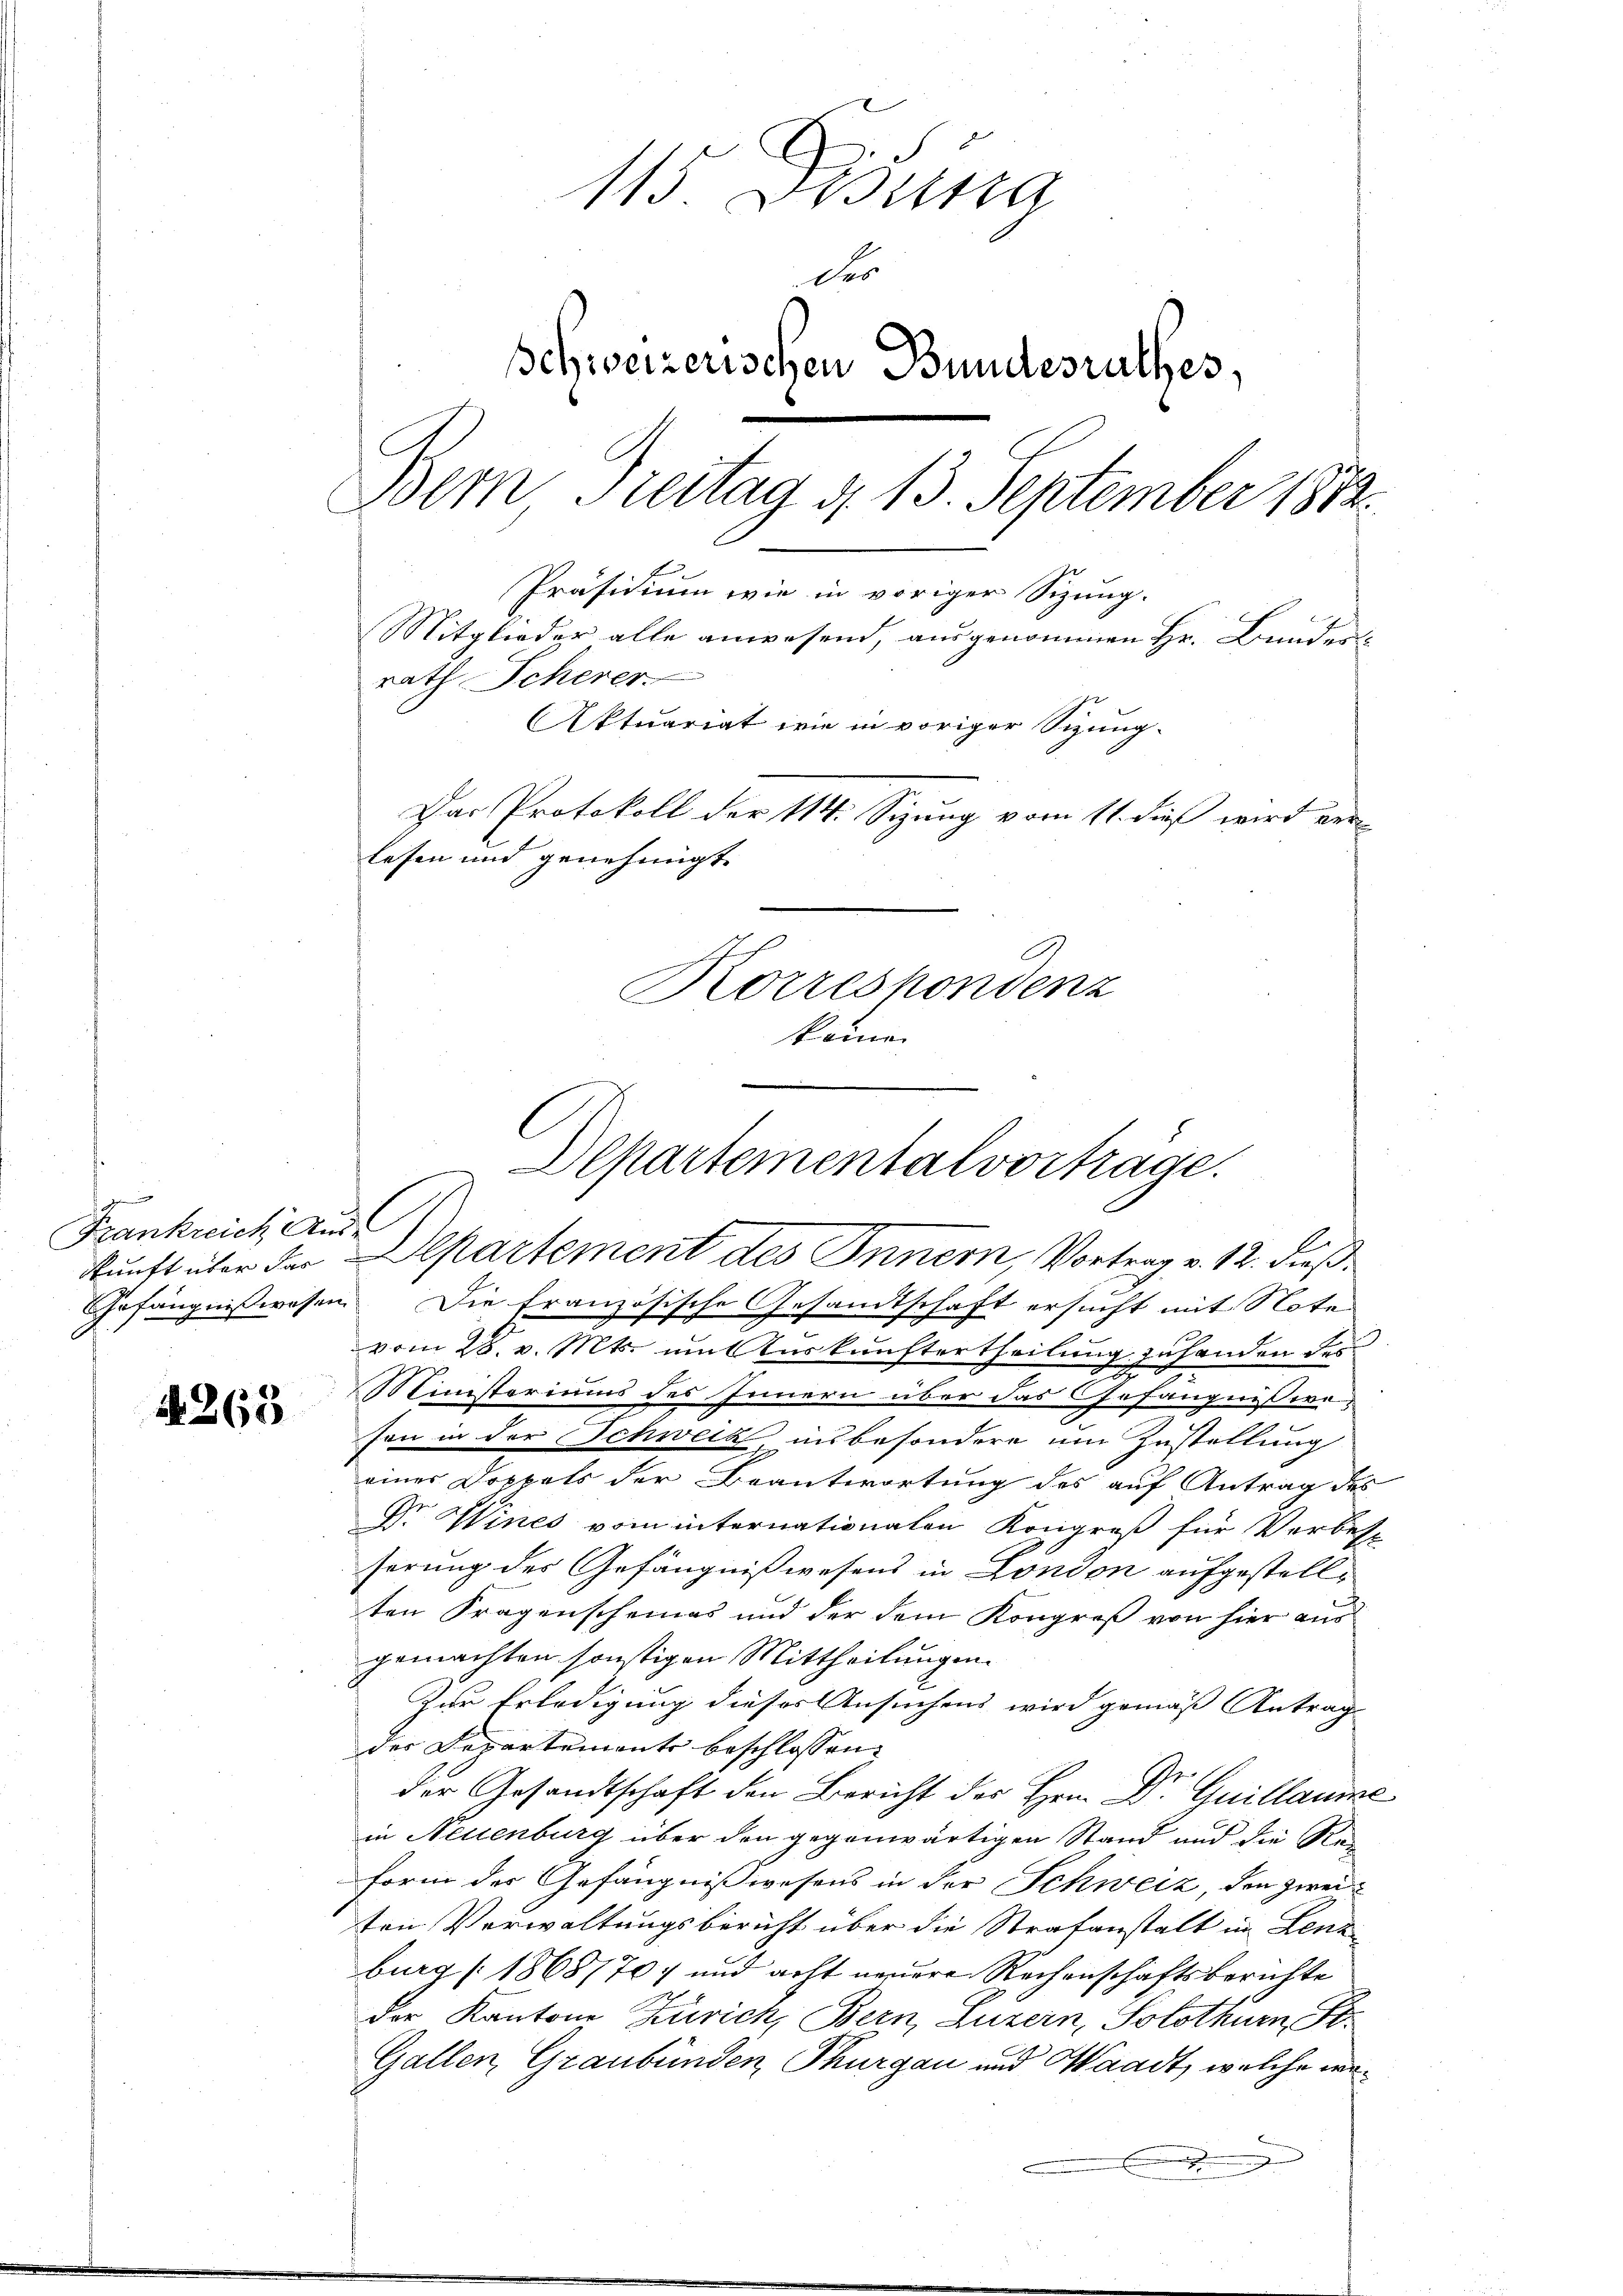
Frankreich Aus-

1265

115 Dosina
des
Schweizerischen Bundesrathes,
Bern Freitag d. 13. September 1882
Präsidium wie in voriger Sizung.
Mitglieder alle anwesend, ausgenommen Hr. Bunder
rath Scherer.
Aktuariat wie in voriger Sizung-
Das Protokoll der 114. Sizung vom 11. dieß wird verlesen und genehmigt.
Korrespondenz
keinen

Departementalvorträge.
kunft über der Departement des Innern, Vortrag v. 12. dieß¬

Gefängnißwesen. Die französische Gesandtschaft ersucht mit Note
vom 28. v. Mts. mit Auskunftertheilung zu handen des
e
Ministeriums des Innern über das Gefängnißweson in der Schweiz, insbesondere um Zustellung
einer Doppels der Beantwortung des auf Antrag des
Dr. Wines vom internationalen Kongreß für Verbess
serung des Gefängnißwesens in London aufgestellten Fragenscheines und der dem Kongreß von hier aus
gemachten sonstigen Mittheilungen
Zur Erledigung dieses Ansuchens wird gemäß Antrag
der Departements beschlossen:
der Gesandtschaft den Bericht der Hrn. Dr Guillaume
in Neuenburg über den gegenwärtigen Stand und die Re¬
Form der Gefängnißwesens in der Schweiz, den zweiten Verwaltungsbericht über die Strafanstalt in Lenz
burg [1868/70) und acht neuere Rechenschaftsberichte
der Kantone Zürich, Bern, Luzern, Solothurn, F
Gallen, Graubünden, Thurgau und Waadt, welche wer¬
.